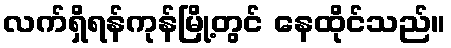
လက်ရှိရန်ကုန်မြို့တွင် နေထိုင်သည်။